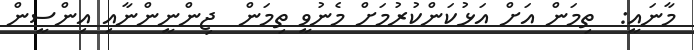
މާނައީ:  ތިމަން އަށް އަޅުކަންކުރުމަށް މެނުވީ ތިމަން  ޖިންނީންނާއި އިންސީން